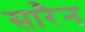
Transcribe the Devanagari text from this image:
सारैन